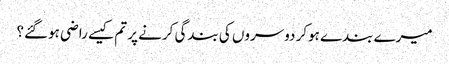
میرے بندے ہوکر دوسروں کی بندگی کرنے پر تم کیسے راضی ہوگئے؟